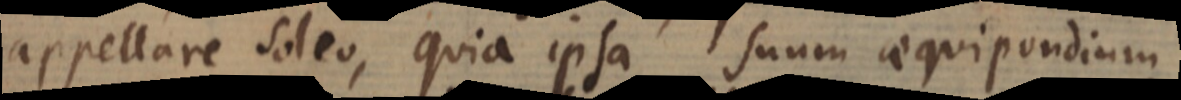
appellare soleo, quia ipsa suum aequipondium